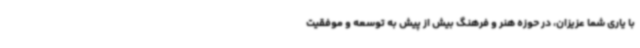
با یاری شما عزیزان، در حوزه هنر و فرهنگ بیش از پیش به توسعه و موفقیت